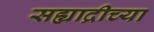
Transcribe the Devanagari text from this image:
सह्याद्रीच्‍या